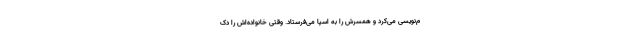
م‌نویسی می‌کرد و همسرش را به اسپا می‌فرستاد. وقتی خانواده‌اش را دک